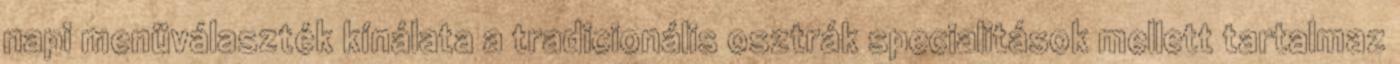
napi menüválaszték kínálata a tradicionális osztrák specialitások mellett tartalmaz